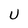
Character: U